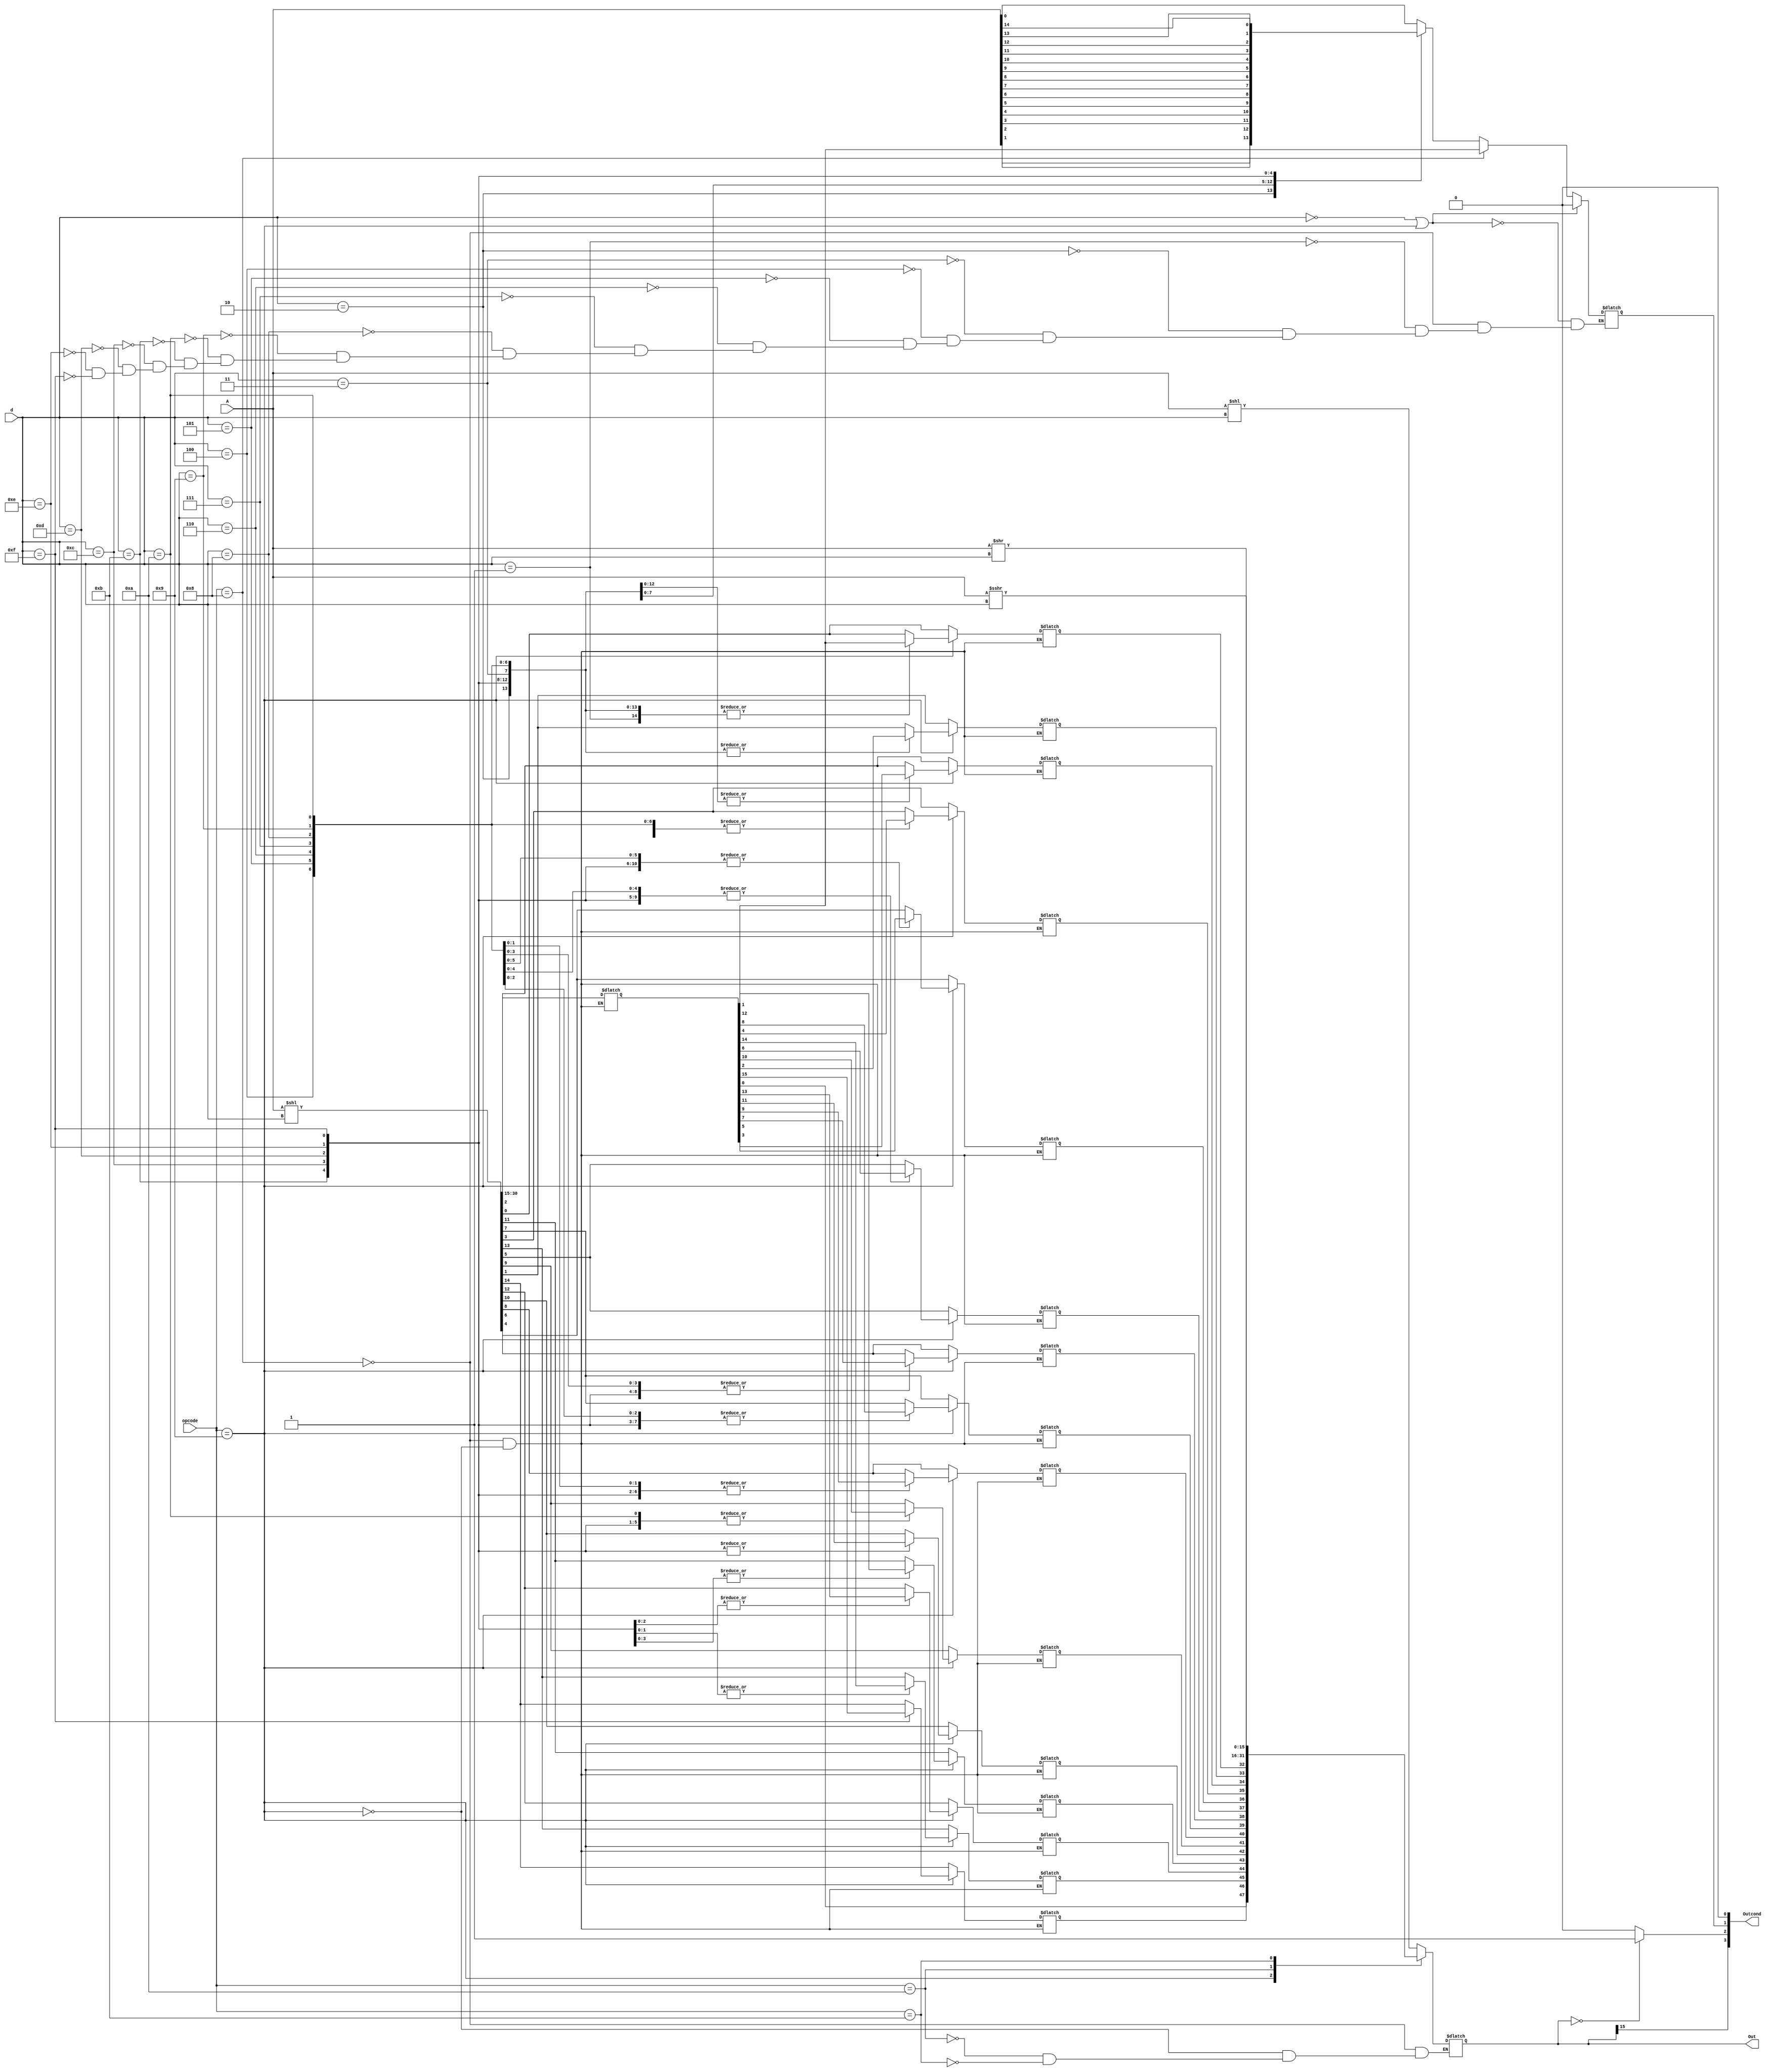
module shifter (
		input signed [15:0] A,
		input [3:0] opcode,
		input [3:0] d,
		output [15:0] Out,
		output [3:0] Outcond
		);
		reg [31:0] C;
		reg [15:0] D;
		reg [3:0] cond;
		always @(A,d,opcode) begin
			case (opcode)
				8: begin
						D <= A << d;
						C <= A << d;
					end
				9: begin
						C <= A << d;
					case (d)
						1: C[0] <= C[16];
						2: C[1:0] <= C[18:16];
						3: C[2:0] <= C[19:16];
						4: C[3:0] <= C[20:16];
						5: C[4:0] <= C[21:16];
						6: C[5:0] <= C[22:16];
						7: C[6:0] <= C[23:16];
						8: C[7:0] <= C[24:16];
						9: C[8:0] <= C[25:16];
						10: C[9:0] <= C[26:16];
						11: C[10:0] <= C[27:16];
						12: C[11:0] <= C[28:16];
						13: C[12:0] <= C[29:16];
						14: C[13:0] <= C[30:16];
						15: C[14:0] <= C[31:16];
					endcase
						D <= C[15:0];
					end
				10: D <= A >> d;
				11: D <= A >>> d;
			endcase
			if (d==0 || opcode ==4'd9) 
				cond[1] <= 1'b0;
			else if (opcode == 4'd8)
				cond[1] <= C[16];
			else begin
				case (d)
					1: cond[1] <= A[0];
					2: cond[1] <= A[1];
					3: cond[1] <= A[2];
					4: cond[1] <= A[3];
					5: cond[1] <= A[4];
					6: cond[1] <= A[5];
					7: cond[1] <= A[6];
					8: cond[1] <= A[7];
					9: cond[1] <= A[8];
					10: cond[1] <= A[9];
					11: cond[1] <= A[10];
					12: cond[1] <= A[11];
					13: cond[1] <= A[12];
					14: cond[1] <= A[13];
					15: cond[1] <= A[14];
				endcase
			end
			if(D==16'b0)
				cond[2] <= 1'b1;
			else
				cond[2] <= 1'b0;
			cond[0] <= 1'b0;
			cond[3] <= D[15];
		end
		assign Out = D;
		assign Outcond = cond;
endmodule